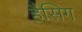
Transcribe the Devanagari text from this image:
हैसिग